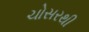
ચોસરથી